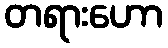
တရားဟော